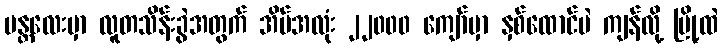
မန္တလေးမှာ လူတသိန်းခွဲအတွက် အိမ်အလုံး ၂၂၀၀၀ ကျော်မှာ နှစ်ထောင်ပဲ ကျန်လို့ မြို့ထဲ